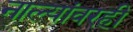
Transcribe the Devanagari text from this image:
नाल्यांवरही